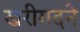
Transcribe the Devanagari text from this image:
खरीगदने